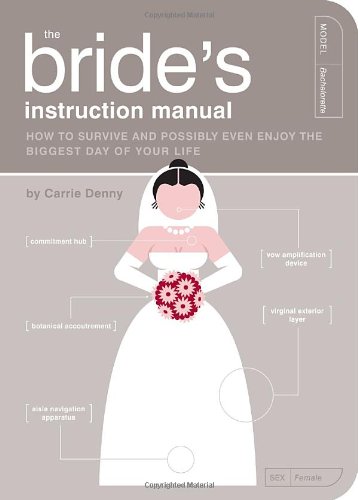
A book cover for The Bride's Instruction Manual: How to Survive and Possibly Even Enjoy the Biggest Day of Your Life (Owner's and Instruction Manual); Carrie Denny; Crafts, Hobbies & Home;